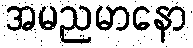
အမညမာနော